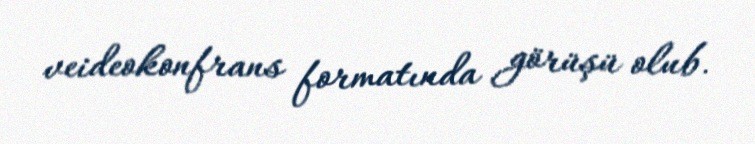
veideokonfrans formatında görüşü olub.